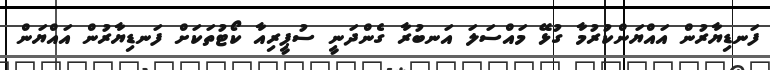
ފަނޑިޔާރުން އައްޔަންކުރުމާ ގުޅޭ މައްސަލަ އަނބުރާ ގެންދަނީ ސުޕީރިއާ ކޯޓުތަކަށް ފަނޑިޔާރުން އައްޔަން